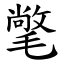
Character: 氅